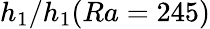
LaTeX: h_{1}/h_{1}(Ra=245)